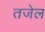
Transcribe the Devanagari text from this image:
तजेल